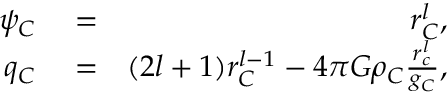
\begin{array} { r l r } { \psi _ { C } } & { { } = } & { r _ { C } ^ { l } , } \\ { q _ { C } } & { { } = } & { ( 2 l + 1 ) r _ { C } ^ { l - 1 } - 4 \pi G \rho _ { C } \frac { r _ { c } ^ { l } } { g _ { C } } , } \end{array}